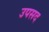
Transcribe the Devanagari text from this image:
उपसद